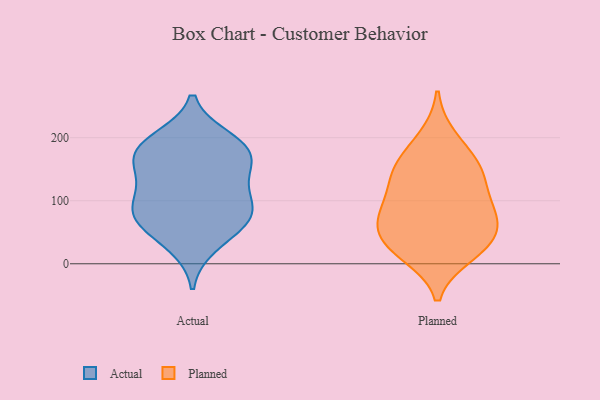
{"axis": {"x": "Churn Rate (%)", "y": "Value"}, "legend": ["Actual", "Planned"], "data": [{"x": "", "y": 84, "type": "Actual"}, {"x": "", "y": 186, "type": "Actual"}, {"x": "", "y": 30, "type": "Actual"}, {"x": "", "y": 92, "type": "Actual"}, {"x": "", "y": 197, "type": "Actual"}, {"x": "", "y": 175, "type": "Actual"}, {"x": "", "y": 60, "type": "Actual"}, {"x": "", "y": 165, "type": "Actual"}, {"x": "", "y": 133, "type": "Actual"}, {"x": "", "y": 81, "type": "Actual"}, {"x": "", "y": 178, "type": "Actual"}, {"x": "", "y": 128, "type": "Actual"}, {"x": "", "y": 71, "type": "Actual"}, {"x": "", "y": 82, "type": "Planned"}, {"x": "", "y": 145, "type": "Planned"}, {"x": "", "y": 67, "type": "Planned"}, {"x": "", "y": 25, "type": "Planned"}, {"x": "", "y": 75, "type": "Planned"}, {"x": "", "y": 38, "type": "Planned"}, {"x": "", "y": 126, "type": "Planned"}, {"x": "", "y": 35, "type": "Planned"}, {"x": "", "y": 161, "type": "Planned"}, {"x": "", "y": 199, "type": "Planned"}, {"x": "", "y": 89, "type": "Planned"}, {"x": "", "y": 16, "type": "Planned"}, {"x": "", "y": 150, "type": "Planned"}]}